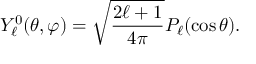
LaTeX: Y _ { \ell } ^ { 0 } ( \theta , \varphi ) = { \sqrt { \frac { 2 \ell + 1 } { 4 \pi } } } P _ { \ell } ( \cos \theta ) .